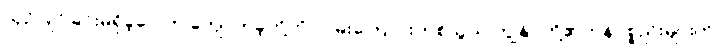
ယှဉ်ပြိုင်ခြင်းမရှိခဲ့ပေ ဤကျောက်ခဲ့တို့ကို လမ်းကြောင်းတစ်သွယ် ကျွန်ုပ်တို့၏ကုန်ပစ္စည်းများကို